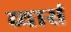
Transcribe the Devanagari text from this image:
व्यासं